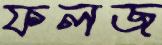
ফলজ